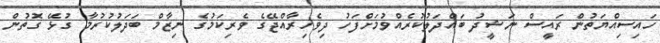
ހައިސިއްޔަތުން ރައީސް ނަޝީދު ބައްދަލުކުރެއްވުމަށްފަހު ދިވެހިރާއްޖޭގެ ވެރިކަމުގެ ނިޒާމް ބަދަލުކުރުމާ ގުޅޭ ގޮތުން